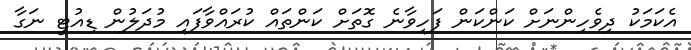
އެކަމަކު ދިވެހިންނަށް ކަންކަން ފަހިވާނެ ގޮތަށް ކަންތައް ކުރައްވާފައި މުދަލުން ޑިއުޓީ ނަގާ